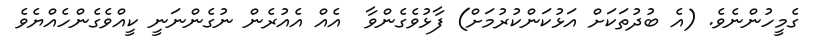
ގެމީހުންނެވެ. (އެ ބުދުތަކަށް އަޅުކަންކުރުމަށް) ފާޅުވެގެންވާ  އެއް އެއުރެން ނުގެންނަނީ ކީއްވެގެންހެއްޔެވެ